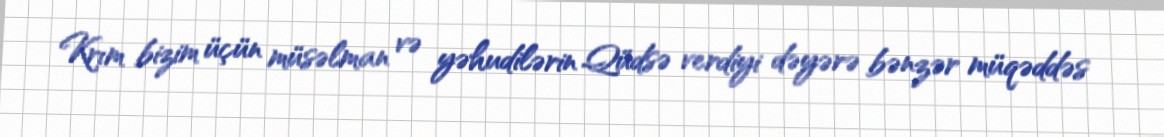
Krım bizim üçün müsəlman və yəhudilərin Qüdsə verdiyi dəyərə bənzər müqəddəs